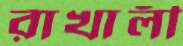
রাখালী